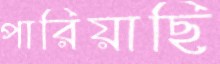
পারিয়াছি